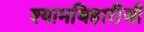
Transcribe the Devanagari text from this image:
श्यामबिहारीजी